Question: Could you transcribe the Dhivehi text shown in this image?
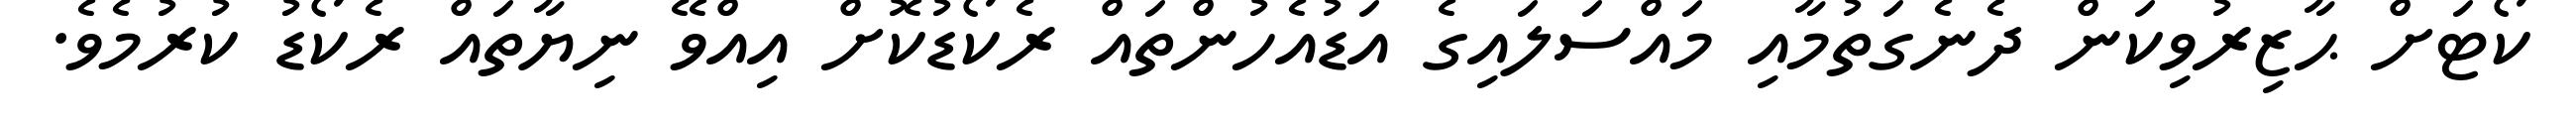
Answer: ކޯޓަށް ޙާޒިރުވިކަން ދެނެގަތުމާއި މައްސަލައިގެ އަޑުއެހުންތައް ރެކޯޑުކޮށް އިއްވޭ ނިޔާތައް ރެކޯޑު ކުރުމެވެ.